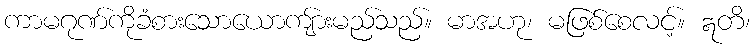
ကာမဂုဏ်ကိုခံစားသောယောကျ်ားမည်သည်။ မာအဟု၊ မဖြစ်စေလင့်။ ဣတိ၊